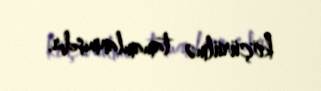
köçürülmə tamamlanmışdır.